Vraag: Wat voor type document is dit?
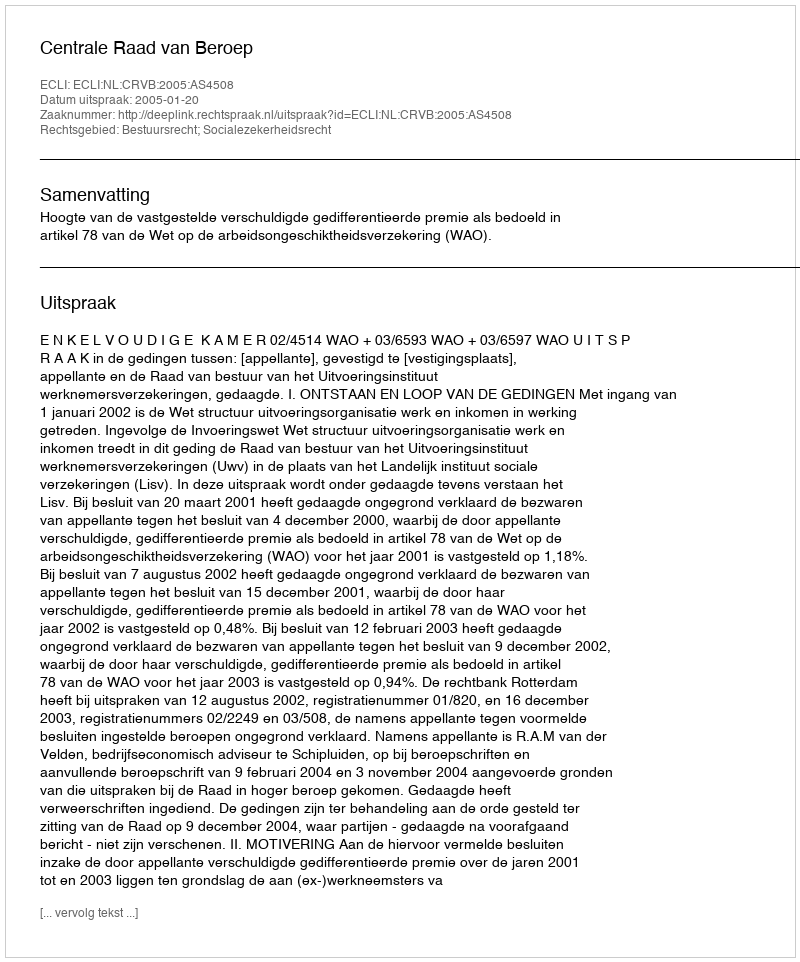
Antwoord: Uitspraak